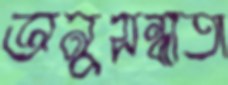
অনুসন্ধাতা